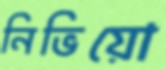
নিভিয়ো